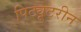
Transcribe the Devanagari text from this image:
पिट्यूटरीन